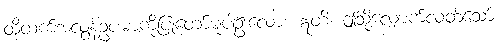
ထိုထက်အလွန်ဥပမာကိုပြုတော်မူပါဦးလော။ ဣတိ၊ ဤသို့လျှောက်လတ်သော်။